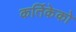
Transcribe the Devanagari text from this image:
कर्तिकेको